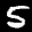
Label: 5